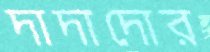
দাদাদোর